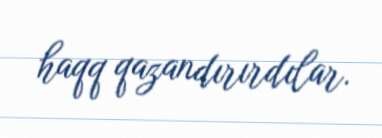
haqq qazandırırdılar.